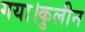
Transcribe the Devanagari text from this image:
गया।कुलीन